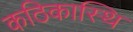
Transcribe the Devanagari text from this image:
कठिकास्थि